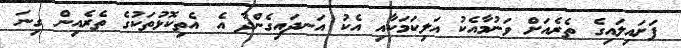
ފަށައިލައިގެ ތެރެއަށް ވަނުމާއެކު އަލިކަމަކާއި އެކު އަނދައިގެންދާ އެ އެތިކޮޅުތަކުގެ ތެރެެއިން ގިނަ